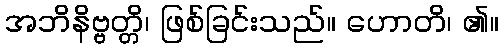
အဘိနိဗ္ဗတ္တိ၊ ဖြစ်ခြင်းသည်။ ဟောတိ၊ ၏။